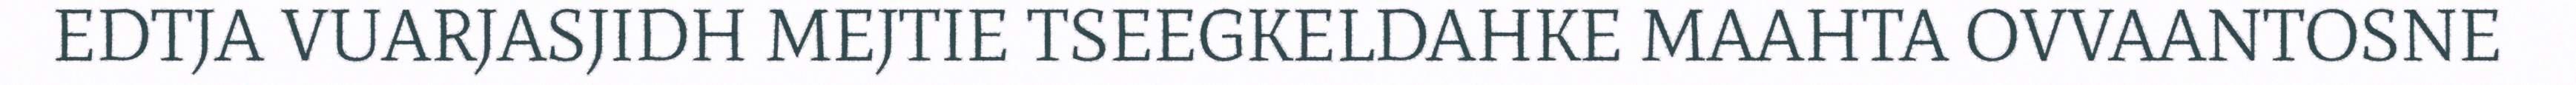
EDTJA VUARJASJIDH MEJTIE TSEEGKELDAHKE MAAHTA OVVAANTOSNE